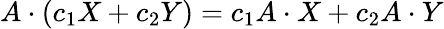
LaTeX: A\cdot(c_{1}X+c_{2}Y)=c_{1}A\cdot X+c_{2}A\cdot Y